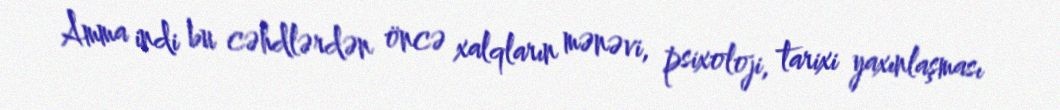
Amma indi bu cəhdlərdən öncə xalqların mənəvi, psixoloji, tarixi yaxınlaşması